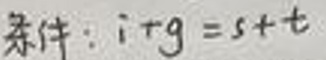
条件：$i + g = s + t$